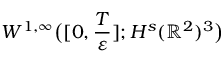
W ^ { 1 , \infty } \big ( [ 0 , \frac { T } { \varepsilon } ] ; H ^ { s } ( \mathbb { R } ^ { 2 } ) ^ { 3 } \big )